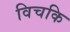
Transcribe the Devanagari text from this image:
विचकि